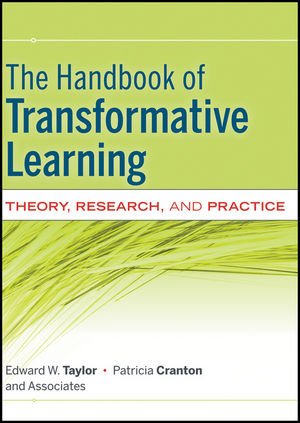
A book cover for The Handbook of Transformative Learning: Theory, Research, and Practice; Edward W. Taylor; Education & Teaching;